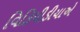
વિકિપીડીયાએ